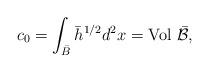
LaTeX: \begin{align*}c_0=\int_{\bar{B}}{\bar h}^{1/2} d^2x=\mbox{Vol}~\bar{\cal B},\end{align*}